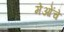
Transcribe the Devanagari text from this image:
मेओंचे